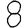
Digit: 8